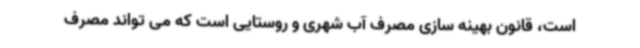
است، قانون بهینه سازی مصرف آب شهری و روستایی است که می تواند مصرف